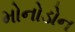
મોનોડોન